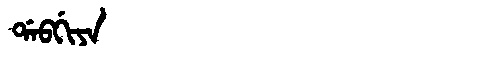
Manchu: ᡩᠠᠪᡤᡳᠶᠠ
Romanization: DABGIYA